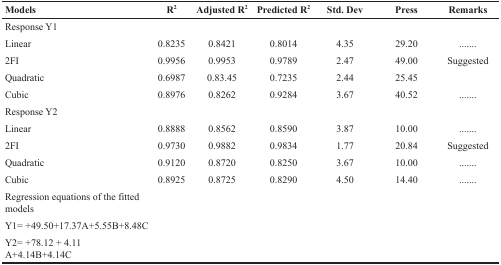
<table><thead><tr><td><b>Models</b></td><td><b>R<sup>2</sup></b></td><td><b>Adjusted R<sup>2</sup></b></td><td><b>Predicted R<sup>2</sup></b></td><td><b>Std. Dev</b></td><td><b>Press</b></td><td><b>Remarks</b></td></tr></thead><tbody><tr><td>Response Y1</td><td></td><td></td><td></td><td></td><td></td><td></td></tr><tr><td>Linear</td><td>0.8235</td><td>0.8421</td><td>0.8014</td><td>4.35</td><td>29.20</td><td>.......</td></tr><tr><td>2FI</td><td>0.9956</td><td>0.9953</td><td>0.9789</td><td>2.47</td><td>49.00</td><td>Suggested</td></tr><tr><td>Quadratic</td><td>0.6987</td><td>0.83.45</td><td>0.7235</td><td>2.44</td><td>25.45</td><td></td></tr><tr><td>Cubic</td><td>0.8976</td><td>0.8262</td><td>0.9284</td><td>3.67</td><td>40.52</td><td>.......</td></tr><tr><td>Response Y2</td><td></td><td></td><td></td><td></td><td></td><td></td></tr><tr><td>Linear</td><td>0.8888</td><td>0.8562</td><td>0.8590</td><td>3.87</td><td>10.00</td><td>.......</td></tr><tr><td>2FI</td><td>0.9730</td><td>0.9882</td><td>0.9834</td><td>1.77</td><td>20.84</td><td>Suggested</td></tr><tr><td>Quadratic</td><td>0.9120</td><td>0.8720</td><td>0.8250</td><td>3.67</td><td>10.00</td><td>.......</td></tr><tr><td>Cubic</td><td>0.8925</td><td>0.8725</td><td>0.8290</td><td>4.50</td><td>14.40</td><td>.......</td></tr><tr><td>Regression equations of the fitted models</td><td></td><td></td><td></td><td></td><td></td><td></td></tr><tr><td>Y1= +49.50+17.37A+5.55B+8.48C</td><td></td><td></td><td></td><td></td><td></td><td></td></tr><tr><td>Y2= +78.12 + 4.11 A+4.14B+4.14C</td><td></td><td></td><td></td><td></td><td></td><td></td></tr></tbody></table>